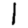
Digit: 1